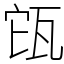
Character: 㼠